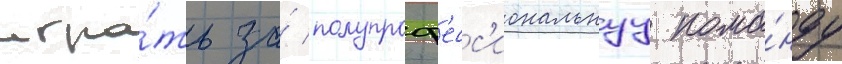
игра́ть за́ полупроф'есс'иональнуу кома́нду